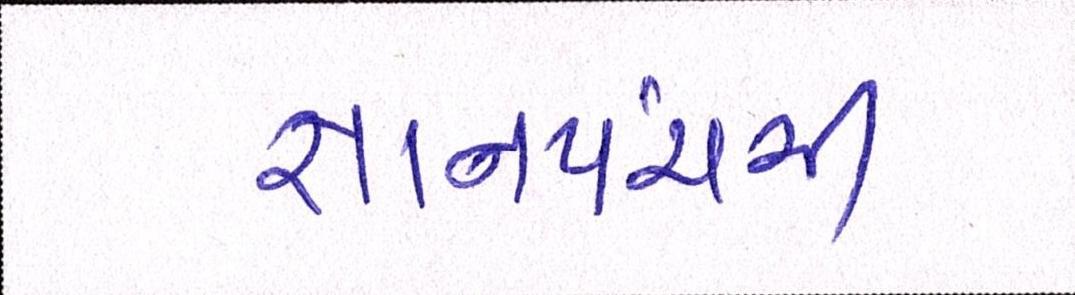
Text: જ્ઞાનપંચમી